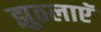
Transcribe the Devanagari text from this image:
झुठलाएॅ